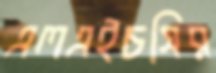
এলএইচসির